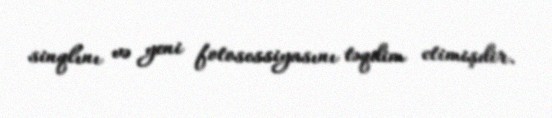
sinqlını və yeni fotosessiyasını təqdim etimişdir.